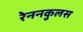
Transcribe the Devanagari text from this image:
रेननकुलस